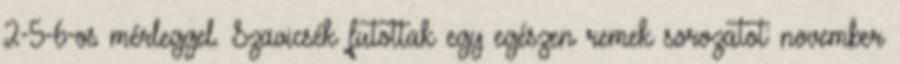
2-5-6-os mérleggel. Szavicsék futottak egy egészen remek sorozatot: november